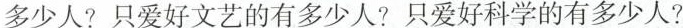
多少人?只爱好文艺的有多少人?只爱好科学的有多少人?